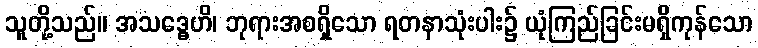
သူတို့သည်။ အသဒ္ဓေဟိ၊ ဘုရားအစရှိသော ရတနာသုံးပါး၌ ယုံကြည်ခြင်းမရှိကုန်သော